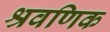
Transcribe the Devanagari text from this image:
श्रवणिक